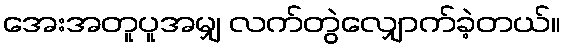
အေးအတူပူအမျှ လက်တွဲလျှောက်ခဲ့တယ်။